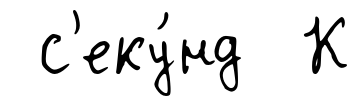
с'еку́нд К